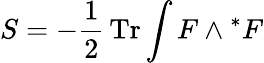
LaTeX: S=-\frac{1}{2}\, \mathrm{Tr}\int F\wedge{^\ast F}